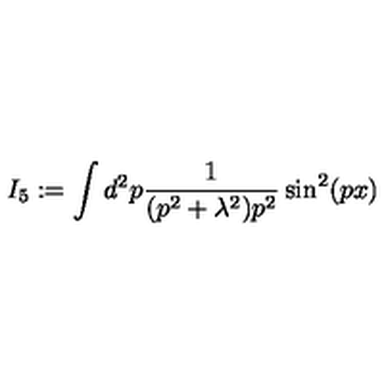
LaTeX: I _ { 5 } : = \int d ^ { 2 } p \frac { 1 } { ( p ^ { 2 } + \lambda ^ { 2 } ) p ^ { 2 } } \sin ^ { 2 } ( p x )